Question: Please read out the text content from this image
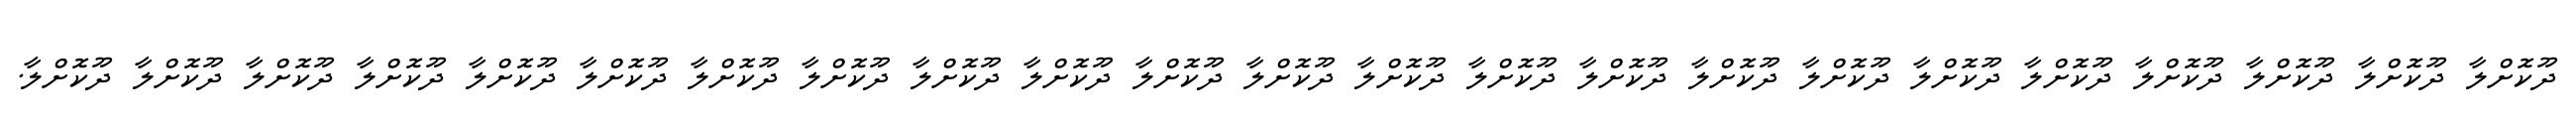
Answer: ދޫކޮށްލާ ދޫކޮށްލާ ދޫކޮށްލާ ދޫކޮށްލާ ދޫކޮށްލާ ދޫކޮށްލާ ދޫކޮށްލާ ދޫކޮށްލާ ދޫކޮށްލާ ދޫކޮށްލާ ދޫކޮށްލާ ދޫކޮށްލާ ދޫކޮށްލާ ދޫކޮށްލާ ދޫކޮށްލާ ދޫކޮށްލާ ދޫކޮށްލާ ދޫކޮށްލާ ދޫކޮށްލާ ދޫކޮށްލާ ދޫކޮށްލާ ދޫކޮށްލާ ދޫކޮށްލާ.